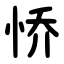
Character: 㤭